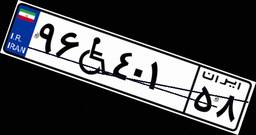
۹۶W۴۰۱۵۸